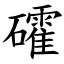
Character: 礭